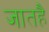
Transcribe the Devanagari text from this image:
जातहै